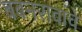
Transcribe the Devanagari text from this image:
बबनरावांचे